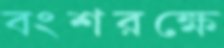
বংশরক্ষে